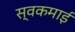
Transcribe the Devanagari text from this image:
स्वकमाई